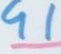
91